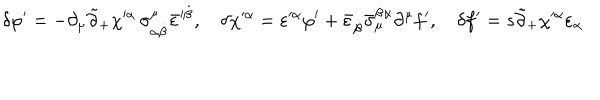
LaTeX: \delta \varphi ^ { \prime } = - \partial _ { \mu } \tilde { \partial } _ { + } \chi ^ { \prime \alpha } \, \sigma _ { \alpha \dot { \beta } } ^ { \mu } \bar { \varepsilon } ^ { \prime \dot { \beta } } , \quad \delta \chi ^ { \prime \alpha } = \varepsilon ^ { \prime \alpha } \varphi ^ { \prime } + \bar { \varepsilon } _ { \dot { \beta } } \bar { \sigma } _ { \mu } ^ { \dot { \beta } \alpha } \partial ^ { \mu } f ^ { \prime } , \quad \delta f ^ { \prime } = s \tilde { \partial } _ { + } \chi ^ { \prime \alpha } \varepsilon _ { \alpha }